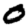
Digit: 0